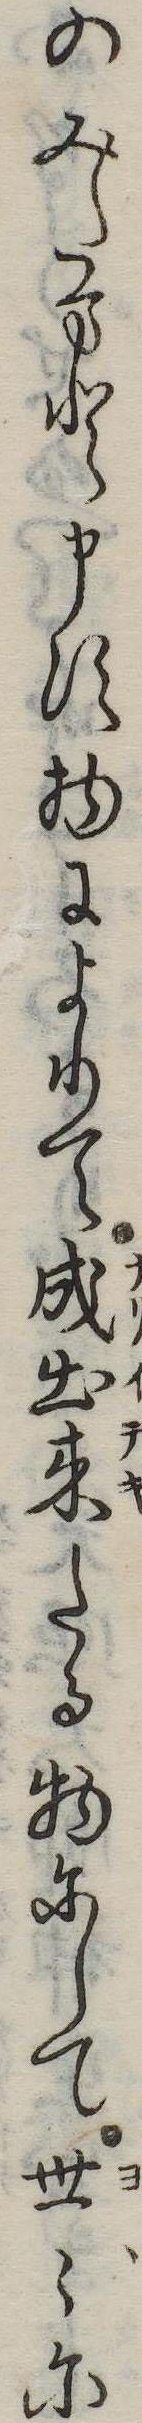
のみたまと申す物によりて成出来たる物にして世に